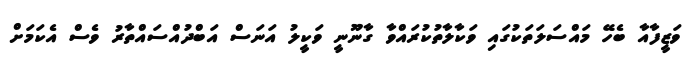
ވަޒީފާއާ ބެހޭ މައްސަލަތަކުގައި ވަކާލާތުކުރައްވާ ގާނޫނީ ވަކީލު އަނަސް އަބްދުއްސައްތާރު ވެސް އެކަމަށް